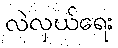
လဲလှယ်ရေး